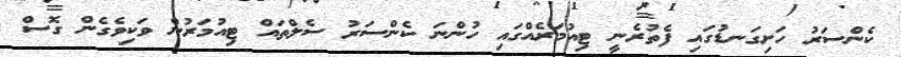
ކެންސަރު ހަށިގަނޑުގައި ފެތުރެނީ ޓިއުމަރެއްގައި ހުންނަ ކެންސަރު ސެލްތައް ޓިއުމަރުން ވަކިވެގެން ގޮސް